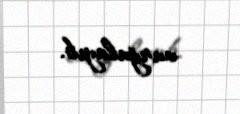
vurğulayıb.